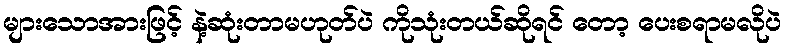
များသောအားဖြင့် နဲ့ဆုံးတာမဟုတ်ပဲ ကိုသုံးတယ်ဆိုရင် တော့ ပေးစရာမလိုပဲ